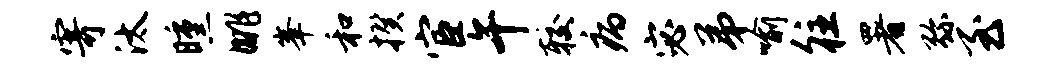
寄汰曛眺峰和揆宦午较病宓弟喻往署弥至